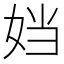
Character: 𫰠